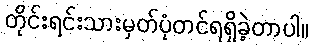
တိုင်းရင်းသားမှတ်ပုံတင်ရရှိခဲ့တာပါ။